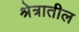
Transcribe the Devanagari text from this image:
श्रेत्रातील